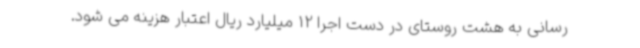
رسانی به هشت روستای در دست اجرا 12 میلیارد ریال اعتبار هزینه می شود.